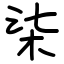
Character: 柒